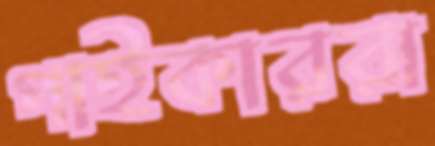
পাইকাররা